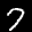
Label: 7